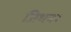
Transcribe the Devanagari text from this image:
जिथवर